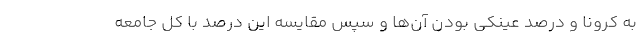
به کرونا و درصد عینکی بودن آن‌ها و سپس مقایسه این درصد با کل جامعه